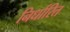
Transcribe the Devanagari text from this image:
निर्धारित